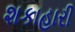
શકાહારી